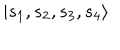
LaTeX: | { s _ { 1 } , s _ { 2 } , s _ { 3 } , s _ { 4 } } \rangle